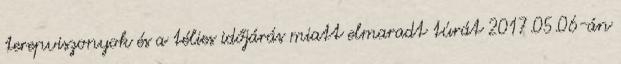
terepviszonyok és a télies időjárás miatt elmaradt túrát 2017.05.06-án